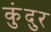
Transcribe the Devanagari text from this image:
कुंदुर